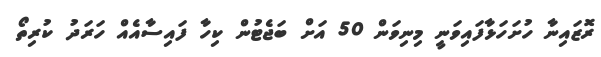
ރޮޒައިނާ ހުށަހަޅާފައިވަނީ މިނިވަން 50 އަށް ބަޖެޓުން ކިހާ ފައިސާއެއް ހަރަދު ކުރިތޯ